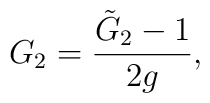
G_2=\frac{{\tilde G}_2-1}{2g},